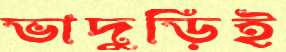
ভাদুড়িই